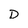
Character: D